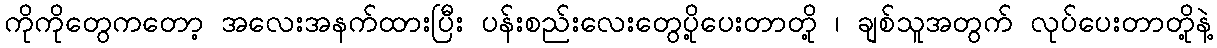
ကိုကိုတွေကတော့ အလေးအနက်ထားပြီး ပန်းစည်းလေးတွေပို့ပေးတာတို့ ၊ ချစ်သူအတွက် လုပ်ပေးတာတို့နဲ့